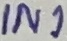
Text: IN1